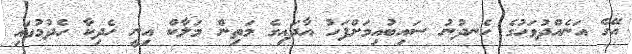
އޭގެ އަނެއްދުވަހުގެ ހެނދުނު ސައިބުއިމަށްފަހު އާދައިގެ މަތިން މަލާކް އިނީ ހެދިކާ ހެދުމުގައި